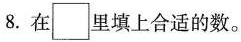
8.在里填上合适的数。